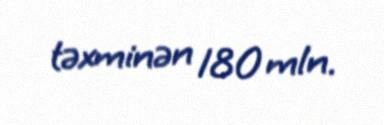
təxminən 180 mln.